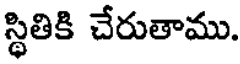
స్థితికి చేరుతాము.